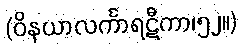
(ဝိနယာလင်္ကာရဋီကာ၊၅၂။)